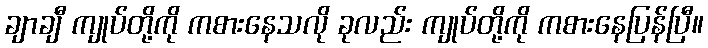
ချာချီ ကျုပ်တို့ကို ကစားနေသလို ခုလည်း ကျုပ်တို့ကို ကစားနေပြန်ပြီ။